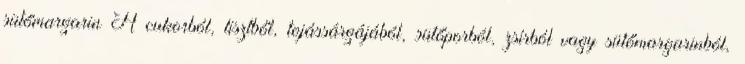
sütőmargarin A cukorból, lisztből, tojássárgájából, sütőporból, zsírból vagy sütőmargarinból,